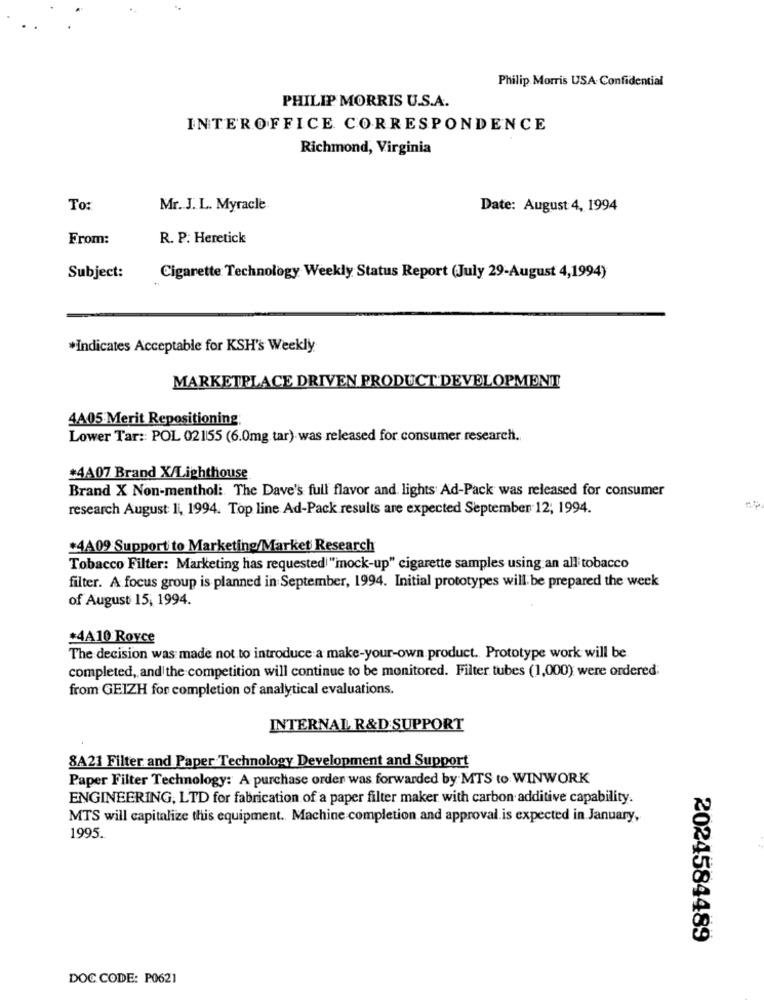
Philip Morris USA-Confidential
PHILIP MORRIS U.S.A.
INTEROFFICE CORRESPONDENCE
Richmond, Virginia
To:
Mr. J. L. Myracle
Date: August 4, 1994
From:
R. P. Heretick
Subject:
Cigarette Technology Weekly Status Report (July 29-August 4,1994)
*Indicates Acceptable for KSH's Weekly
MARKETPLACE DRIVEN PRODUCT DEVELOPMENT
4A05 Merit Repositioning:
Lower Tar :: POL 02155 (6.0mg tar) was released for consumer research.
#4A07 Brand X/Lighthouse
Brand X Non-menthol: The Dave's full flavor and lights Ad-Pack was released for consumer
research August 1 1994. Top line Ad-Pack results are expected September 12; 1994.
#4A09 Support to Marketing/Market Research
Tobacco Filter: Marketing has requested "mock-up" cigarette samples using an all tobacco
filter. A focus group is planned in September, 1994. Initial prototypes will be prepared the week
of August 15, 1994.
+4A10 Royce
The decision was made not to introduce a make-your-own product. Prototype work will be
completed, and the competition will continue to be monitored. Filter tubes (1,000) were ordered:
from GEIZH for completion of analytical evaluations.
INTERNAL R&D SUPPORT
8A21 Filter and Paper Technology Development and Support
Paper Filter Technology: A purchase order was forwarded by MTS to WINWORK
ENGINEERING, LTD for fabrication of a paper filter maker with carbon additive capability.
MTS will capitalize this equipment. Machine completion and approval.is expected in January,
1995.
2024584489
DOC CODE: P0621